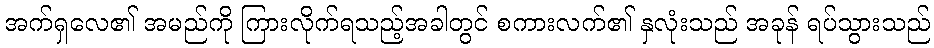
အက်ရှလေ၏ အမည်ကို ကြားလိုက်ရသည့်အခါတွင် စကားလက်၏ နှလုံးသည် အခုန် ရပ်သွားသည်